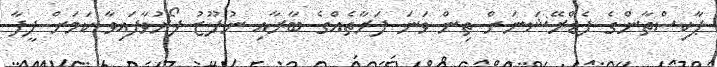
ޕާކިސްތާންގެ ފެޑްރޭޝަނަށް ތިން ވަނަ ފަރާތެއްގެ ބާރާއި ނުފޫޒު ފޯރުވާފައިވާ ކަމަށް ފީފާ